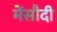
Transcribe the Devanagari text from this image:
मेंसौदी